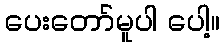
ပေးတော်မူပါ ပေါ့။